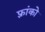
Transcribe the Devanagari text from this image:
फ़्रांको